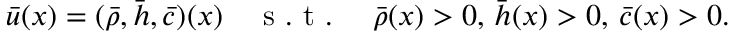
\bar { u } ( x ) = ( \bar { \rho } , \bar { h } , \bar { c } ) ( x ) \quad \mathrm { ~ s ~ . ~ t ~ . ~ } \quad \bar { \rho } ( x ) > 0 , \, \bar { h } ( x ) > 0 , \, \bar { c } ( x ) > 0 .